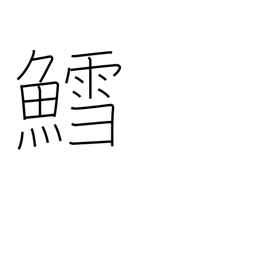
Meaning: codfish